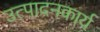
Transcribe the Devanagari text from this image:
उत्पादनकार्य